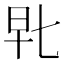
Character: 𰕴